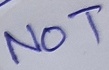
Text: NOT